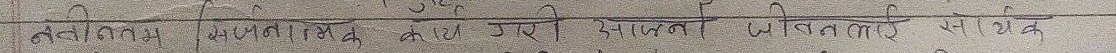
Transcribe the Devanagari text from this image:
नतीजा सकारात्मक आए। आपका जीवनलाई सार्थक